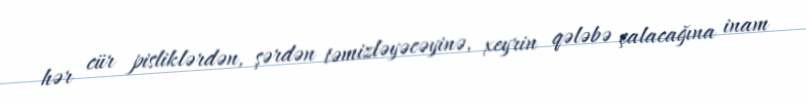
hər cür pisliklərdən, şərdən təmizləyəcəyinə, xeyrin qələbə çalacağına inam